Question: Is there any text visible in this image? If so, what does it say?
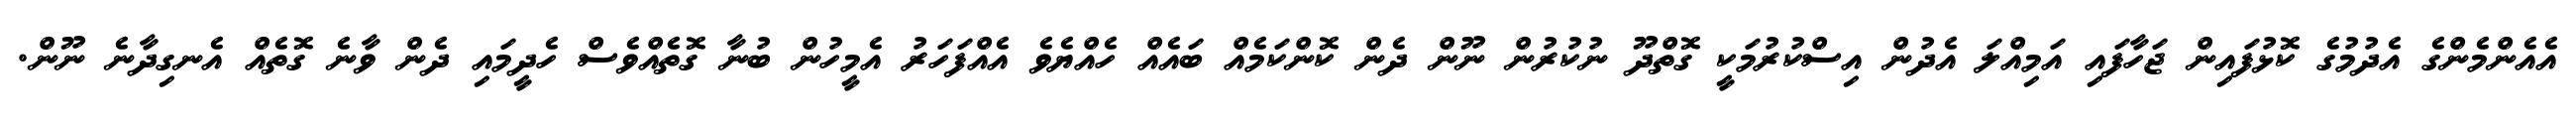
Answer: އެއެންމެންގެ އެދުމުގެ ކޮޅުފައިން ޖަހާފައި އަމިއްލަ އެދުން އިސްކުރުމަކީ ގޮތްދޫ ނުކުރުން ނޫން ދެން ކޮންކަމެއް ބައެއް ހެއްޔެވެ އެއްފަހަރު އެމީހުން ބުނާ ގޮތެއްވެސް ހެދީމައި ދެން ވާނެ ގޮތެއް އެނގިދާނެ ނޫން.